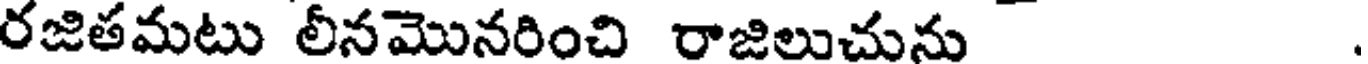
రజితమటు లీనమొనరించి రాజిలుచును